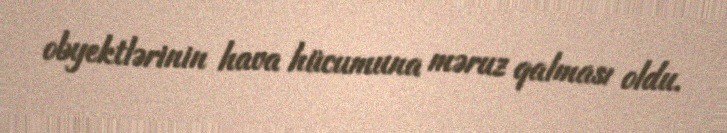
obyektlərinin hava hücumuna məruz qalması oldu.